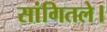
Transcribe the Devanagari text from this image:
सांगितले।